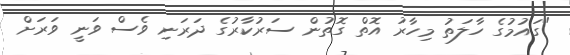
"ގައުމުގެ ހާލަތު މިހާރު އޮތް ގޮތުން ސަރުކާރުގެ ދަރަނި ވެސް ވަނީ ވަރަށް